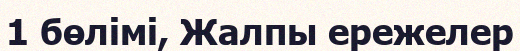
1 бөлімі, Жалпы ережелер